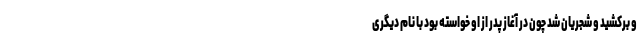
و برکشید و شجریان شد چون در آغاز پدر از او خواسته بود با نام دیگری